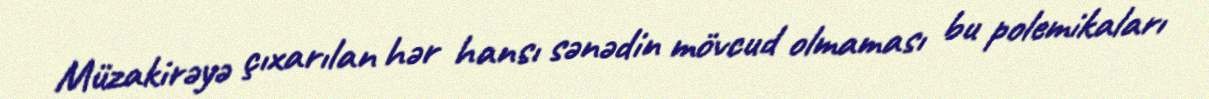
Müzakirəyə çıxarılan hər hansı sənədin mövcud olmaması bu polemikaları